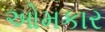
ઓમકાર